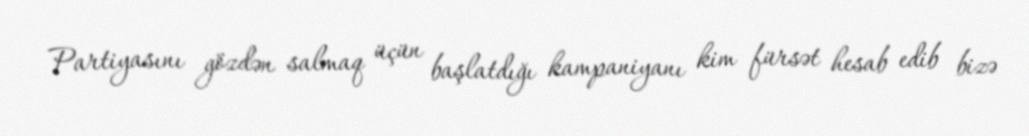
Partiyasını gözdən salmaq üçün başlatdığı kampaniyanı kim fürsət hesab edib bizə